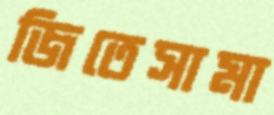
জিতেসামা